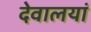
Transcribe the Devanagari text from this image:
देवालयां